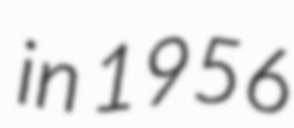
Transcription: in 1956